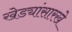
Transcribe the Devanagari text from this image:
खेड्यांसारखे